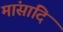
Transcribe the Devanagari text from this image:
मांसादि